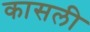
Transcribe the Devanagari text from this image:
कासली